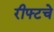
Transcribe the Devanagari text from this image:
रीफ्टचे